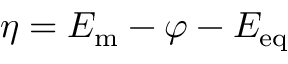
\eta = E _ { \mathrm { m } } - \varphi - E _ { \mathrm { e q } }